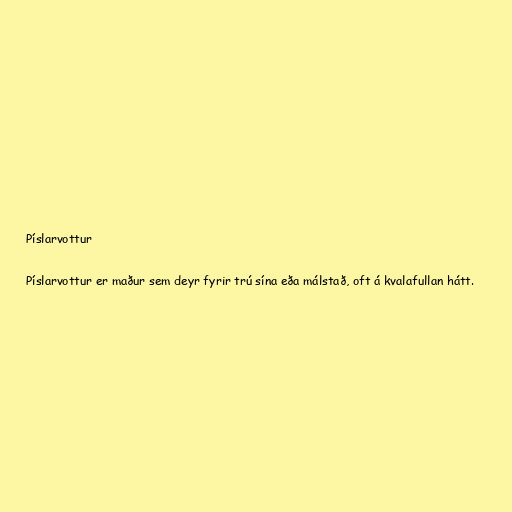
Píslarvottur

Píslarvottur er maður sem deyr fyrir trú sína eða málstað, oft á kvalafullan hátt.